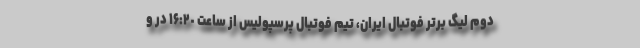
دوم لیگ برتر فوتبال ایران، تیم فوتبال پرسپولیس از ساعت ١۶:٢٠ در و